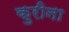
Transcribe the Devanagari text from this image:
कुरीना